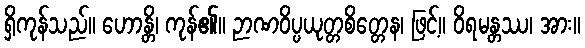
ရှိကုန်သည်။ ဟောန္တိ၊ ကုန်၏။ ဉာဏဝိပ္ပယုတ္တစိတ္တေန၊ ဖြင့်။ ဝိရမန္တဿ၊ အား။